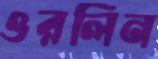
ওরলিন